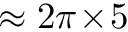
\approx 2 \pi \! \times \! 5